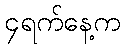
၄ရက်နေ့က